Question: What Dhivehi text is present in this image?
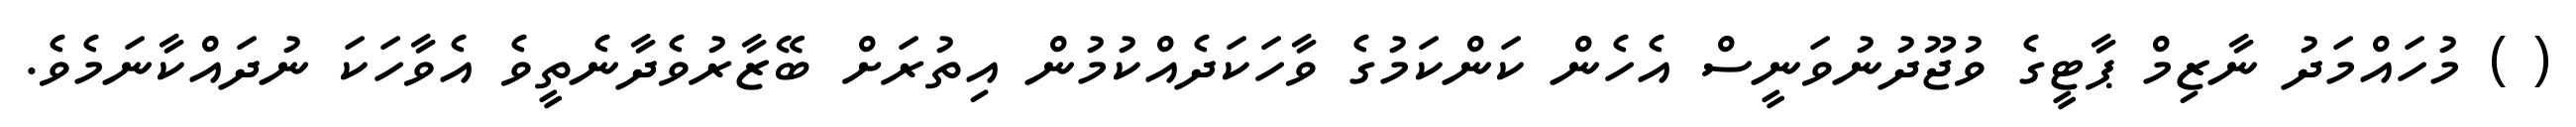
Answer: ( ) މުހައްމަދު ނާޒިމް ޕާޓީގެ ވުޖޫދުނުވަނީސް އެހެން ކަންކަމުގެ ވާހަކަދެއްކުމުން އިތުރަށް ބޭޒާރުވެދާނެތީވެ އެވާހަކަ ނުދައްކާނަމެވެ.